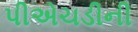
પીએચડીની